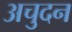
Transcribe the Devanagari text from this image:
अचुदन